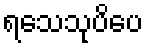
ရသေသုပိပေ